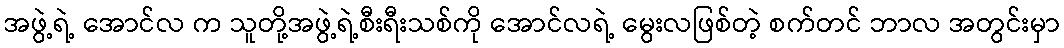
အဖွဲ့ရဲ့ အောင်လ က သူတို့အဖွဲ့ရဲ့စီးရီးသစ်ကို အောင်လရဲ့ မွေးလဖြစ်တဲ့ စက်တင် ဘာလ အတွင်းမှာ